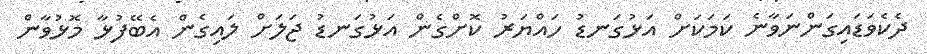
ދެކެވަޑައިގަންނަވާނެ ކަމަކަށް އަޅުގަނޑު ހައްޔަރު ކޮށްގެން އަޅުގަނޑު ޖަލަށް ލައިގެން އެބޭފުޅާ މޮޅުވާން